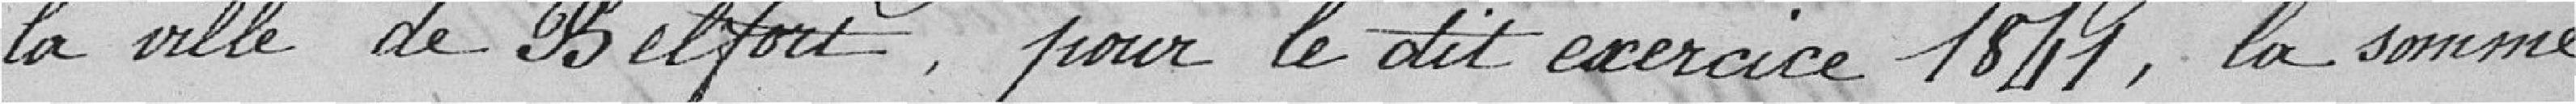
la ville de Belfort pour le dit exercice 1841, la somme